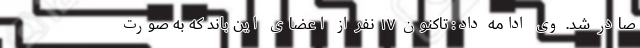
صادر شد. وی ادامه داد: تاکنون ۱۷ نفر از اعضای این باند که به صورت